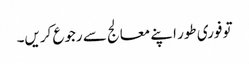
تو فوری طور اپنے معالج سے رجوع کریں۔